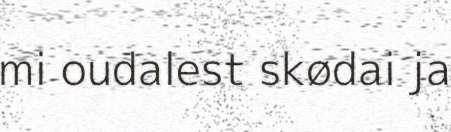
mi oudalest skødai ja